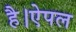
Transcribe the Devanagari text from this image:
है।ऐपल